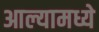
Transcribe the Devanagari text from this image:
आल्यामध्ये